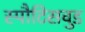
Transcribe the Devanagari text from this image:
स्पौटिसवुड